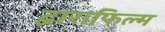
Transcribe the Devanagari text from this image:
द्वाराफिल्म